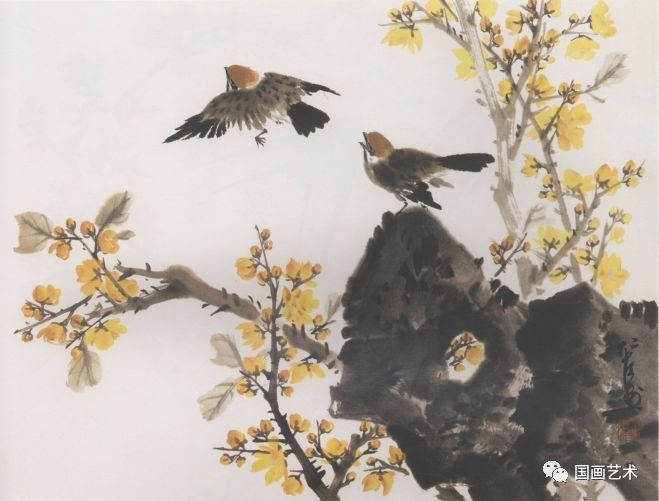
斗万花样巧，深染蜂黄。